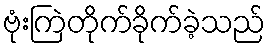
ဗုံးကြဲတိုက်ခိုက်ခဲ့သည်